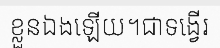
ខ្លួនឯងឡើយ។ជាទង្វើរ